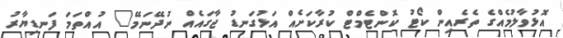
އޮޅުވާލުމެއްގެ ތެރެއިން ކޯޓު ކޮންޓެމްޓް ކުރާކަށެއް އަޅުގަނޑު ޖާގައެއް ނުދޭނަމޭ" އުއްތަމަ ފަނޑިޔާރު